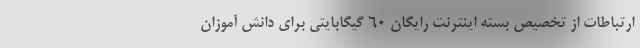
ارتباطات از تخصیص بسته اینترنت رایگان ۶۰ گیگابایتی برای دانش آموزان